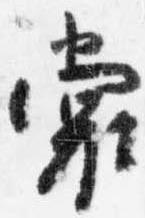
裳